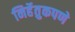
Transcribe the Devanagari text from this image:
निर्हेतुकपणे